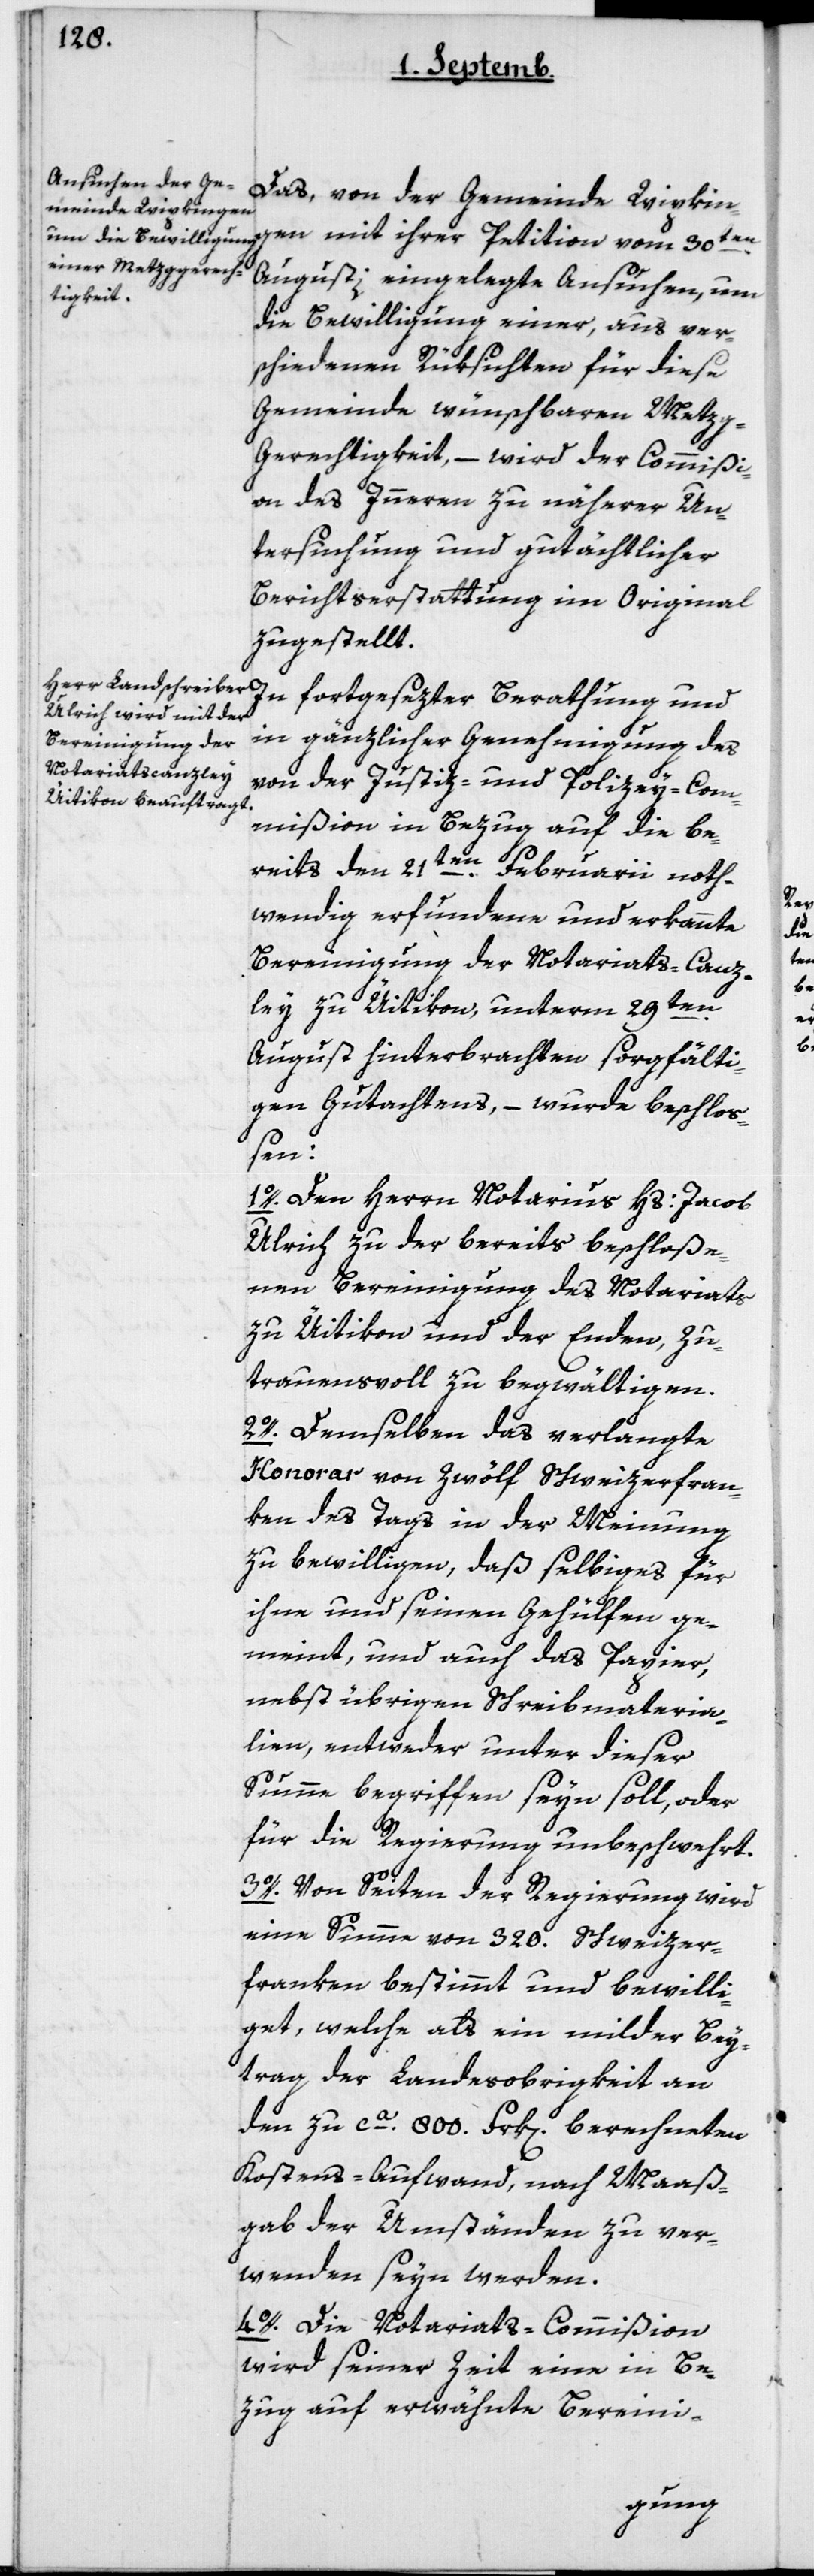
Das von der Gemeinde Wipkin¬
gen mit ihrer Petition vom 30ten
Augusti eingelegte Ansuchen, um
die Bewilligung einer, aus ver¬
schiedenen Rüksichten für diese
Gemeinde wünschbaren Metz¬
g-Gerechtigkeit, – wird der Commißi¬
on des Innern zu näherer Un¬
tersuchung und gutächtlicher
Berichtserstattung im Original
zugestellt.
In fortgesezter Berathung und
in gänzlicher Genehmigung des
von der Justiz- und Policey-Com¬
mißion in Bezug auf die be¬
reits den 21ten Februarii not¬
wendig erfundene und erkannte
Bereinigung der Notariats-canz¬
ley zu Uitikon, unterm 29ten
August hinterbrachten sorgfälti¬
gen Gutachtens, – wurde beschloß¬
en:
1o. Den Herrn Notarius Hs. Jacob
Ulrich zu der bereits beschloße¬
nen Bereinigung des Notariats
zu Uitikon und der Enden, zu¬
trauensvoll zu begwältigen.
2o. Demselben das verlangte
Honorar von zwölf Schweizerfran¬
ken des Tags, in der Meinung
zu bewilligen, daß Selbiges für
ihne und seinen Gehülfen ge¬
meint, und auch das Papier,
nebst übrigen Schreibmateria¬
lien, entweder unter dieser
Summe begriffen seyn soll, oder
für die Regierung unbeschwehrt.
3o. Von Seiten der Regierung wird
eine Summe von 320 Schweizer¬
franken bestimmt und bewilli¬
get, welche als ein milder Bey¬
trag der Landesobrigkeit an
den zu ca 800 Frk[en] berechneten
Kostens-Aufwand, nach Maaß¬
gab der Umständen zu ver¬
wenden seyn werden.
4o. Die Notariats-Commißion
wird seiner Zeit eine in Be¬
zug auf erwähnte Bereini-